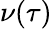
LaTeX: \nu(\tau)